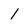
Character: I